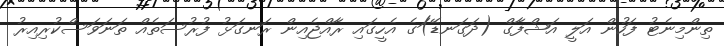
ތިންމިނެޓު ފަހުން އަލީ އަޝްފާގް (ދަގަނޑޭ)ަގެ އެހީގައި ރާއްޖެއިން ރަނގަޅު ފުރުސަތެއް ތަނަވަސްކުރިއިރު